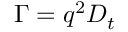
\ \Gamma = q ^ { 2 } D _ { t }